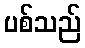
ပစ်သည်